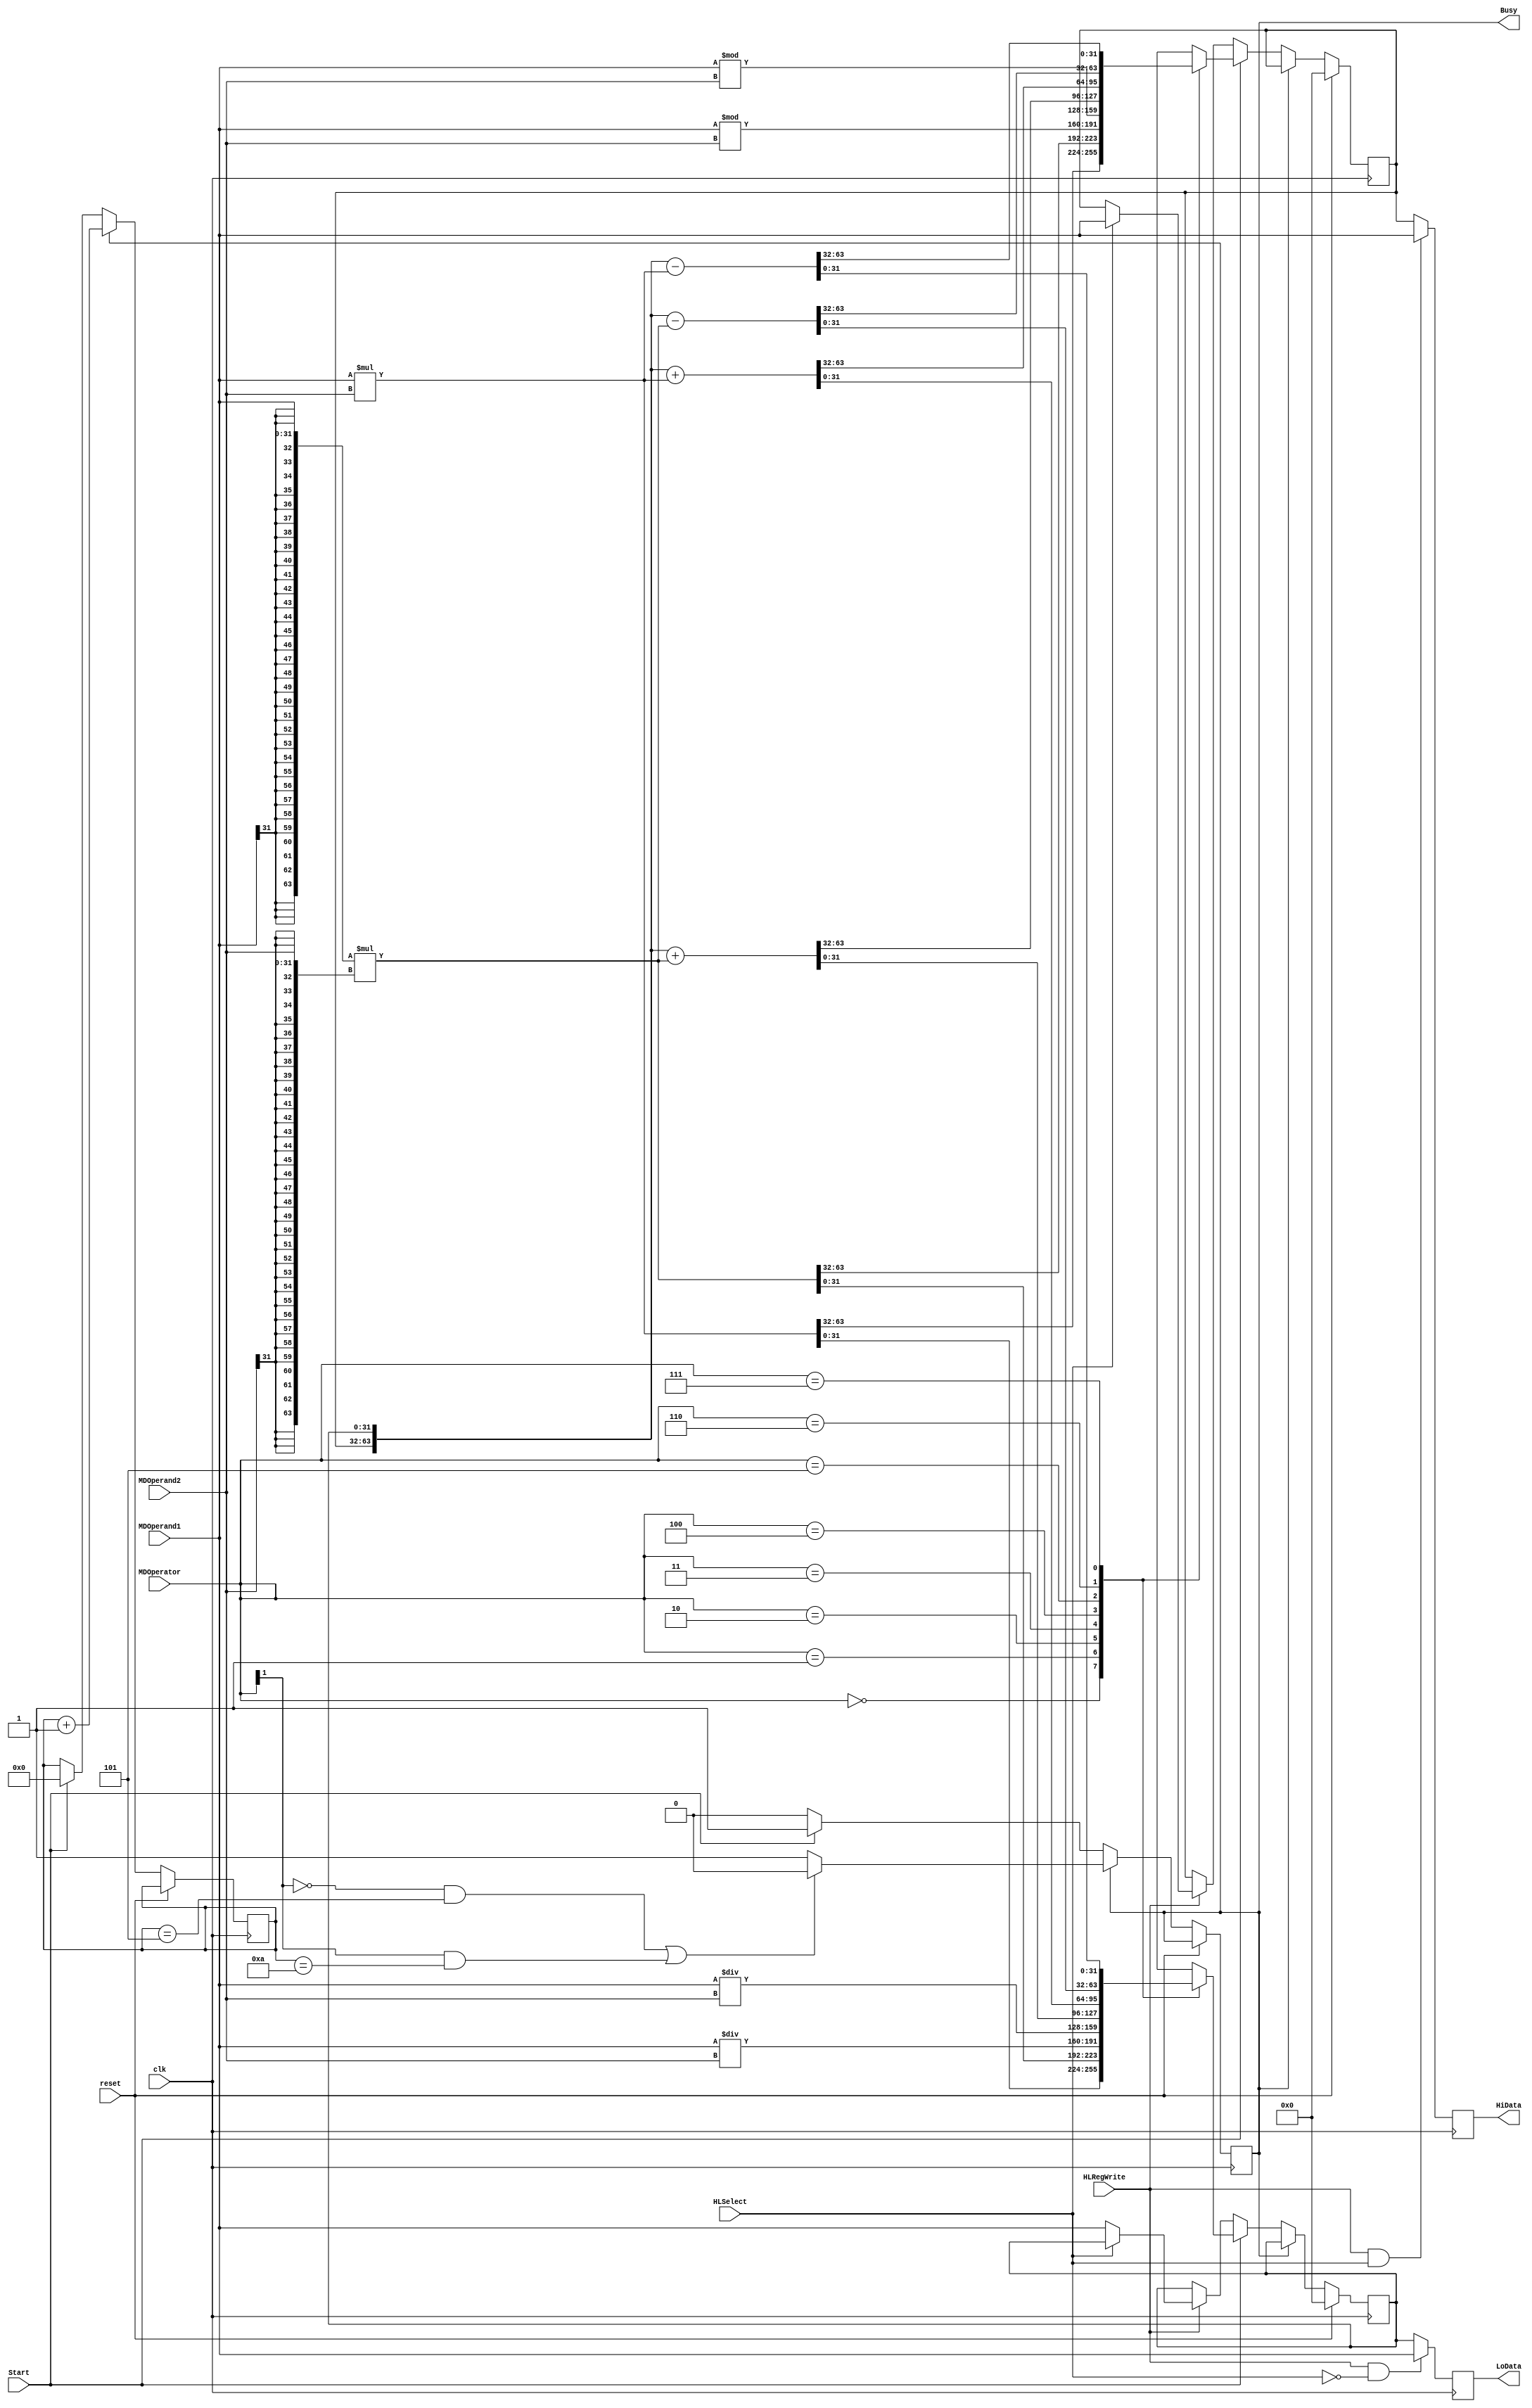
`timescale 1ns / 1ps
//////////////////////////////////////////////////////////////////////////////////
// Company: 
// 
// Design Name: 
// Module Name:    MultDivReg 
// Project Name: 
// Target Devices: 
// Tool versions: 
// Description: 
//
// Dependencies: 
//
// Revision: 
// Revision 0.01 - File Created
// Additional Comments: 
//
//////////////////////////////////////////////////////////////////////////////////
module MultDivUnit(
	input clk,
	input reset,
	input Start,
	input HLSelect,
	input HLRegWrite,
	input [2:0] MDOperator,
	input [31:0] MDOperand1,
	input [31:0] MDOperand2,
	
	output reg Busy,
	output reg [31:0] HiData,
	output reg [31:0] LoData
    );
	 
	reg [3:0]  count;
	reg [31:0] HiReg;
	reg [31:0] LoReg;
	
	initial begin
		Busy=0;
		HiReg=32'b0;
		LoReg=32'b0;
	end

	always@(posedge clk) begin
		if(reset) begin
			HiReg<=32'b0;
			LoReg<=32'b0;
		end
		else if(Busy) begin
			count<=count+1;
			if(MDOperator[1]==0&&count==4'b0101||MDOperator[1]==1&&count==4'b1010)
				Busy<=0;
		end
		else if(Start) begin
			Busy<=1;
			count<=0;
			case(MDOperator)
				3'b000: {HiReg,LoReg}<={32'b0,MDOperand1}*{32'b0,MDOperand2};
				3'b001: {HiReg,LoReg}<={{32{MDOperand1[31]}},$signed(MDOperand1)}*{{32{MDOperand2[31]}},$signed(MDOperand2)};
				3'b010: begin//divu
					LoReg<=MDOperand1/MDOperand2;
					HiReg<=MDOperand1%MDOperand2;
				end
				3'b011: begin//div
					LoReg<=$signed(MDOperand1)/$signed(MDOperand2);
					HiReg<=$signed(MDOperand1)%$signed(MDOperand2);
				end
				3'b100: {HiReg,LoReg}<={HiReg,LoReg}+{{32{MDOperand1[31]}},$signed(MDOperand1)}*{{32{MDOperand2[31]}},$signed(MDOperand2)};
				3'b101: {HiReg,LoReg}<={HiReg,LoReg}+{32'b0,MDOperand1}*{32'b0,MDOperand2};
				3'b110: {HiReg,LoReg}<={HiReg,LoReg}-{{32{MDOperand1[31]}},$signed(MDOperand1)}*{{32{MDOperand2[31]}},$signed(MDOperand2)};
				3'b111: {HiReg,LoReg}<={HiReg,LoReg}-{32'b0,MDOperand1}*{32'b0,MDOperand2};	
			endcase
		end
		else if(HLRegWrite) begin
			if(HLSelect)
				HiReg<=MDOperand1;
			else
				LoReg<=MDOperand1;
		end
		HiData<=(HLRegWrite&&HLSelect==1)?MDOperand1:HiReg;
		LoData<=(HLRegWrite&&HLSelect==0)?MDOperand1:LoReg;
	end
endmodule